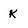
Character: K